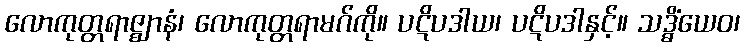
လောကုတ္တရာဇ္ဈာနံ၊ လောကုတ္တရာမဂ်ကို။ ပဋိပဒါယ၊ ပဋိပဒါနှင့်။ သဒ္ဓိံယေဝ၊